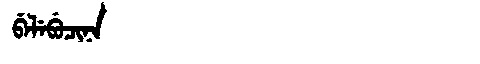
Manchu: ᠪᡝᠯᡝᠪᡠᠴᡳᠨᠠ
Romanization: BELEBUCINA